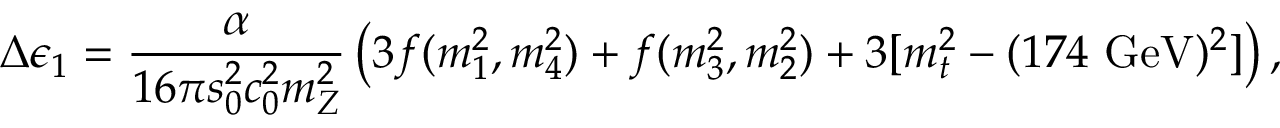
\Delta \epsilon _ { 1 } = { \frac { \alpha } { 1 6 \pi s _ { 0 } ^ { 2 } c _ { 0 } ^ { 2 } m _ { Z } ^ { 2 } } } \left( 3 f ( m _ { 1 } ^ { 2 } , m _ { 4 } ^ { 2 } ) + f ( m _ { 3 } ^ { 2 } , m _ { 2 } ^ { 2 } ) + 3 [ m _ { t } ^ { 2 } - ( 1 7 4 ~ \mathrm { G e V } ) ^ { 2 } ] \right) ,